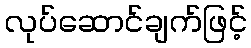
လုပ်ဆောင်ချက်ဖြင့်